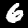
Label: 6